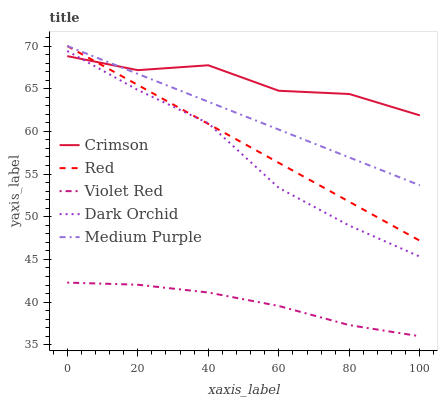
| xaxis_label | Crimson | Red | Violet Red | Dark Orchid | Medium Purple |
 | --- | --- | --- | --- | --- | --- |
 | 0 | 68.8 | 70 | 42.3 | 69.4 | 70 |
 | 20 | 67.2 | 65.4 | 42 | 64.9 | 66.7 |
 | 40 | 67.7 | 60.9 | 41.1 | 61 | 63.5 |
 | 60 | 64.8 | 56.3 | 39.5 | 53.4 | 60.2 |
 | 80 | 64.4 | 51.8 | 37.3 | 49 | 56.9 |
 | 100 | 61.9 | 47.2 | 36 | 45.3 | 53.7 |